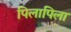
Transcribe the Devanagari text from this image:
पिलापिला